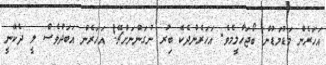
އަހަރެން މަޑުމަޑުން ބޯޖަހާލީމެވެ. އަހަރެންދެކެ ބިރު ނުގަންނަށްޗޭ! އަހަރެން އަބަދުވެސް ލީ ދެކޭނީ